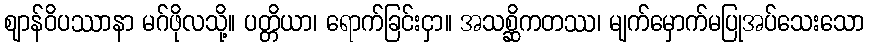
ဈာန်ဝိပဿာနာ မဂ်ဖိုလသို့။ ပတ္တိယာ၊ ရောက်ခြင်းငှာ။ အသစ္ဆိကတဿ၊ မျက်မှောက်မပြုအပ်သေးသော